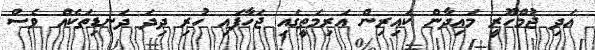
އަދި ޖުމްހޫރީ މައިދާން ކައިރިން އަރިމަތީގައި ޖަހާފައި ހުރި ދިދަ ދަނޑިތަކެއް ވެސް